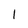
Character: I